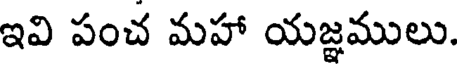
ఇవి పంచ మహా యజ్ఞములు.